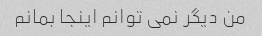
من دیگر نمی توانم اینجا بمانم